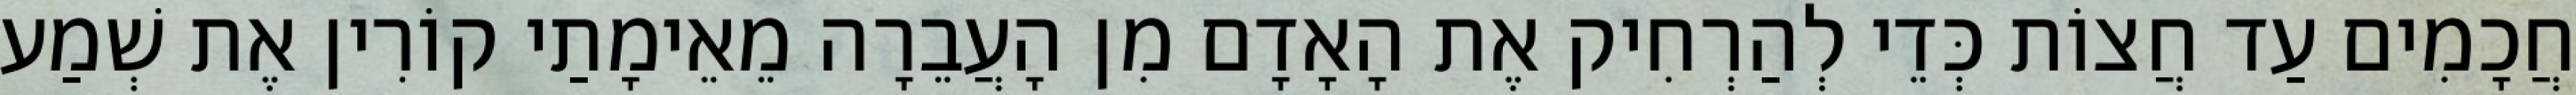
חֲכָמִים עַד חֲצוֹת כְּדֵי לְהַרְחִיק אֶת הָאָדָם מִן הָעֲבֵרָה מֵאֵימָתַי קוֹרִין אֶת שְׁמַע